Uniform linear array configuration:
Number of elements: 16
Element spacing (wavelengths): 0.5
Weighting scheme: kaiser
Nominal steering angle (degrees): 45
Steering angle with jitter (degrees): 44.11
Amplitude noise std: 0.05
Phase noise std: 0.05

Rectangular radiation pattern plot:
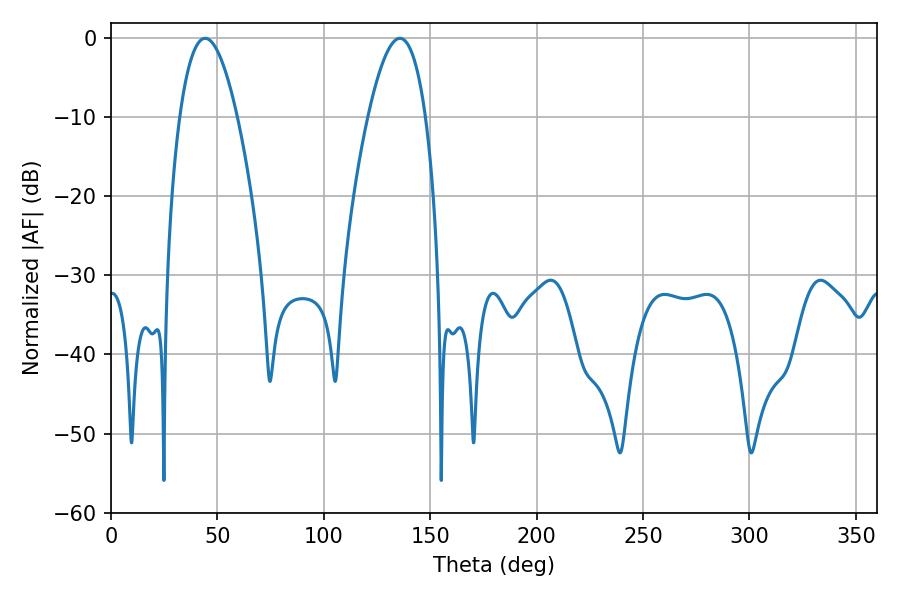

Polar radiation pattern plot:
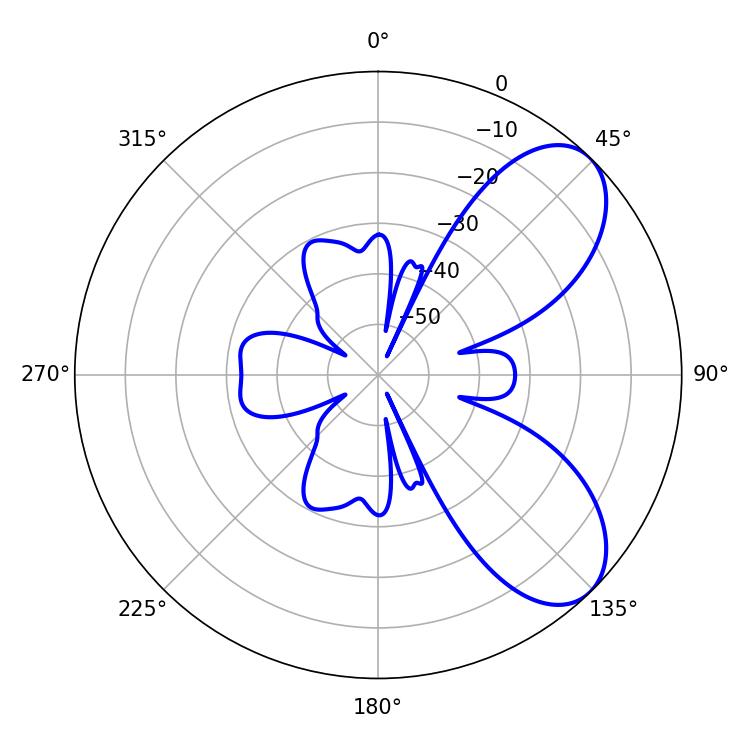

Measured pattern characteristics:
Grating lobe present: FALSE
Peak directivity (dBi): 7.082
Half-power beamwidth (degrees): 14.94
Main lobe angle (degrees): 44.28